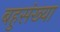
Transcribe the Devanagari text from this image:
बहुसंख्‍या